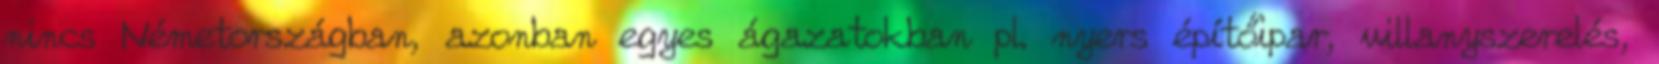
nincs Németországban, azonban egyes ágazatokban pl. nyers építőipar, villanyszerelés,